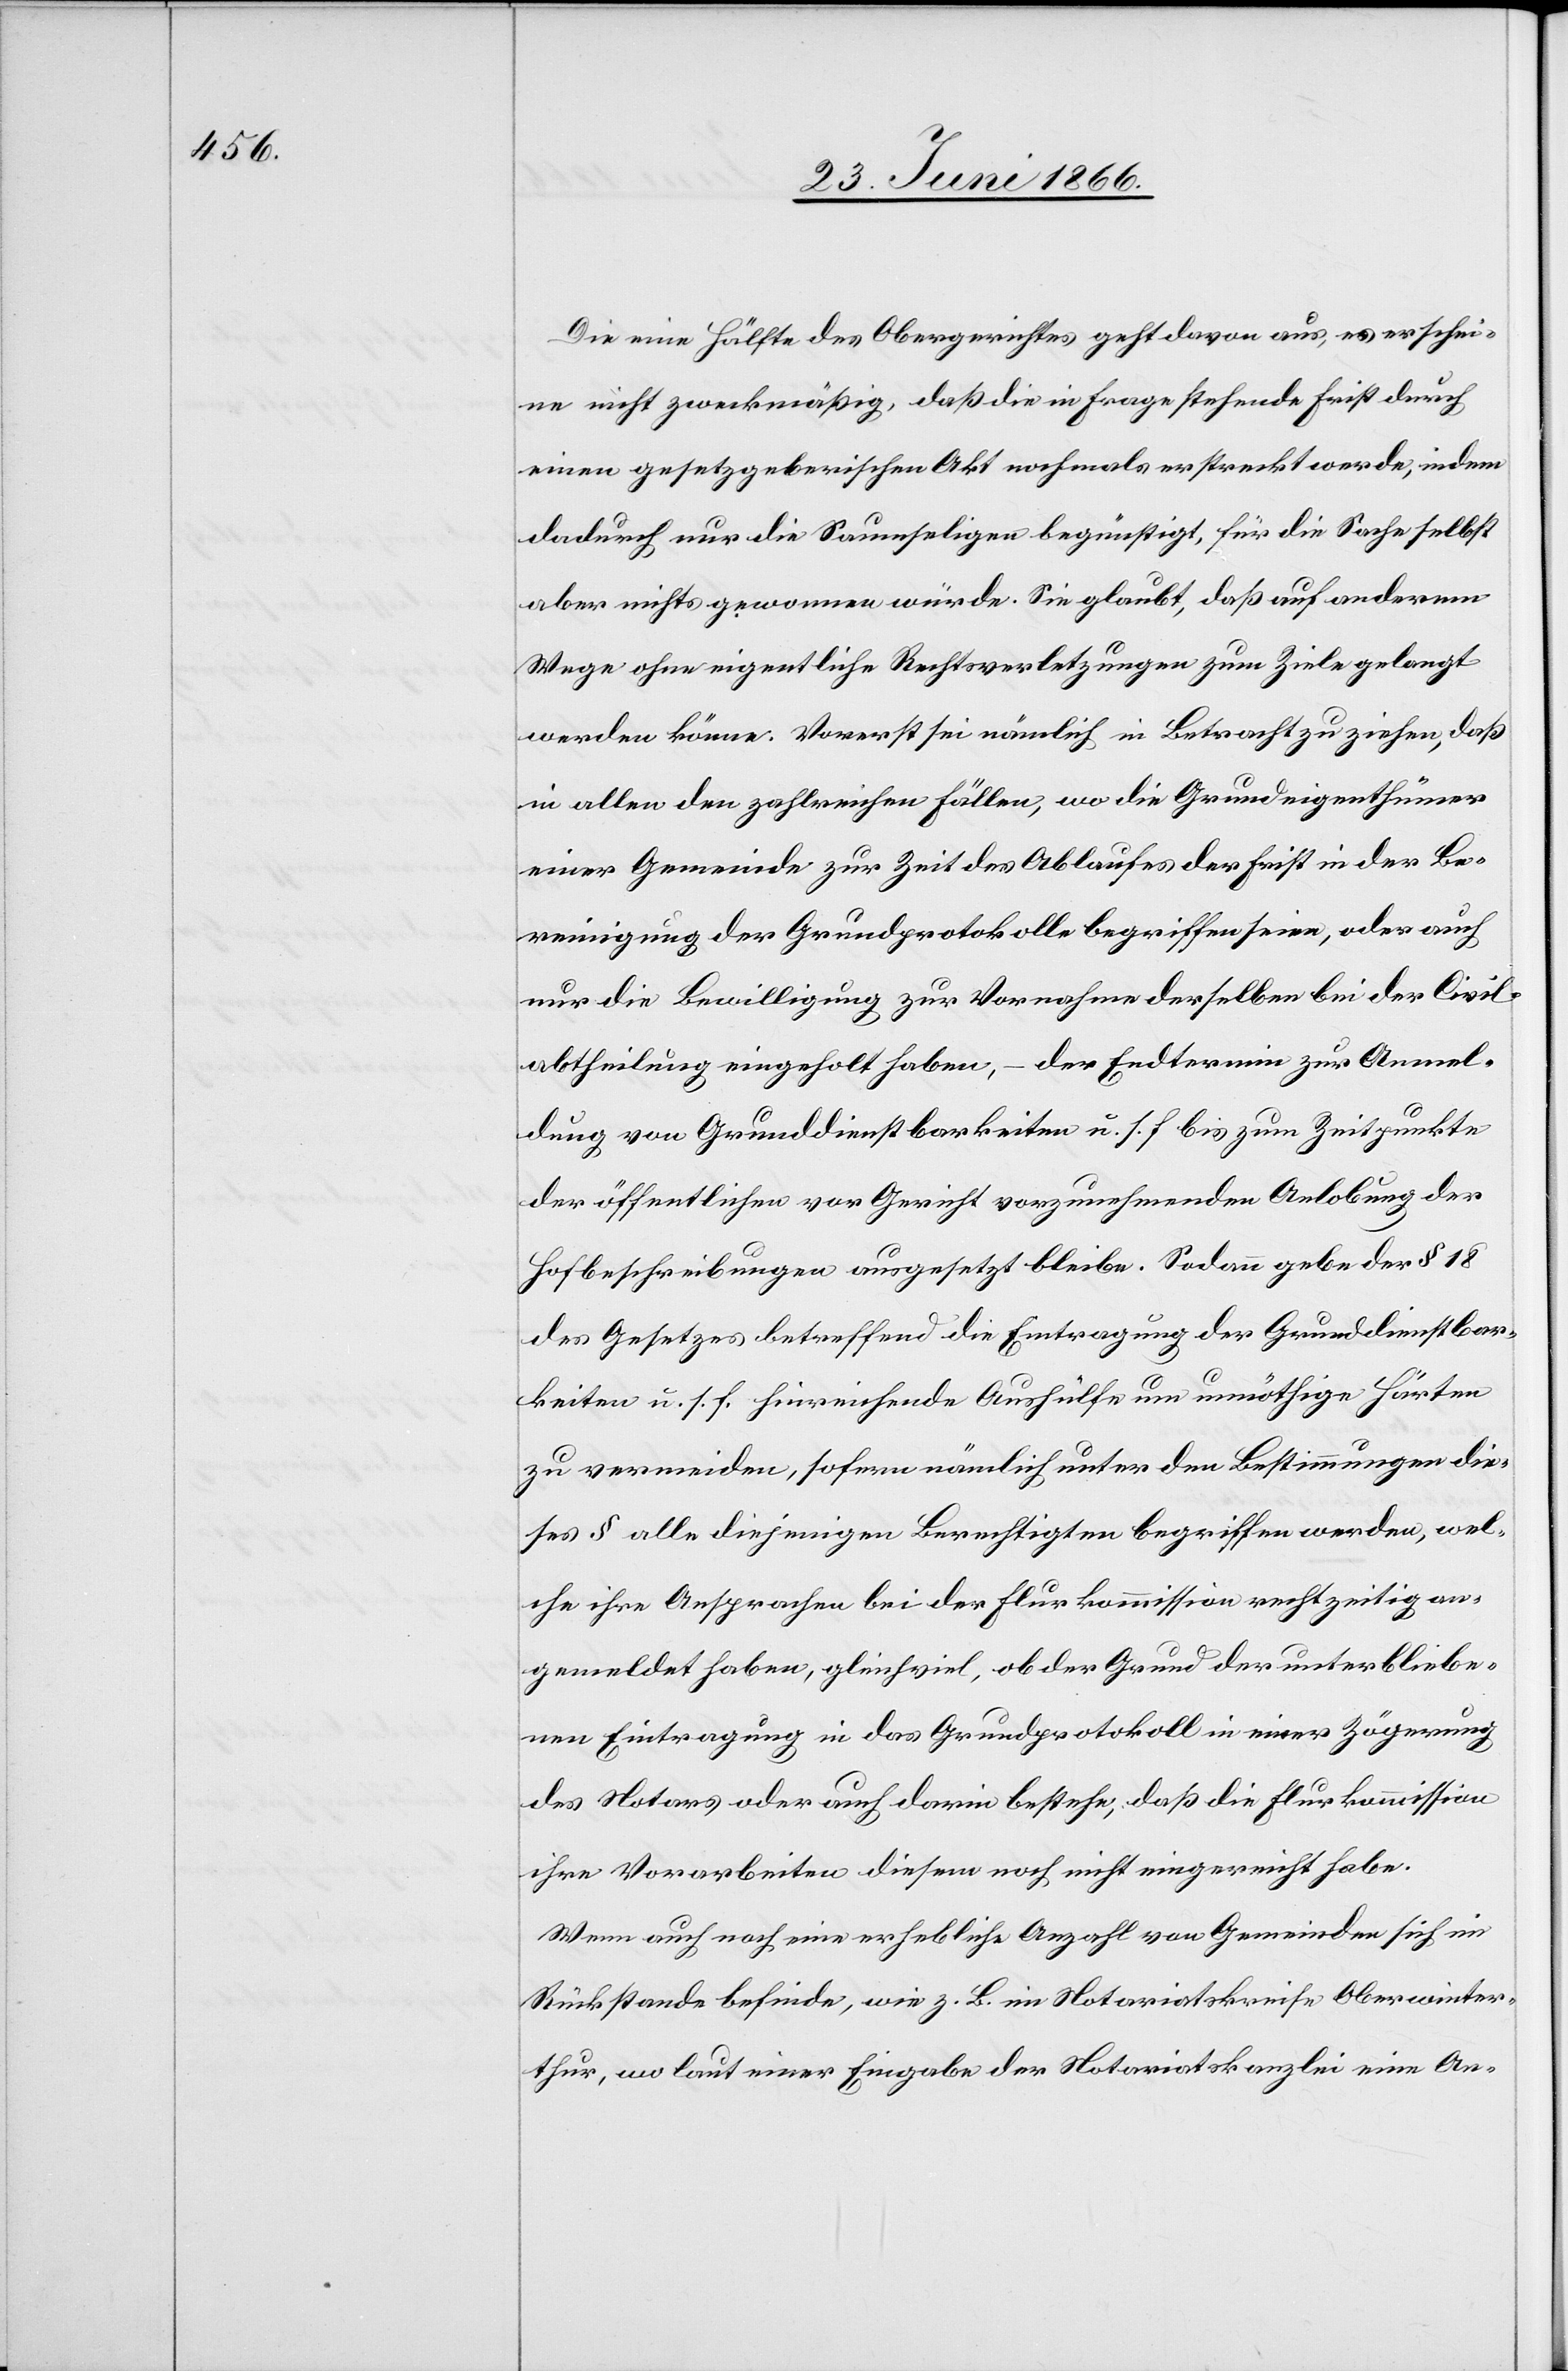
Die eine Hälfte des Obergerichtes geht davon aus, es erschei¬
ne nicht zweckmäßig, daß die in Frage stehende Frist durch
einen gesetzgeberischen Akt nochmals erstreckt werde, indem
dadurch nur die Saumseligen begünstigt, für die Sache selbst
aber nichts gewonnen würde. Sie glaubt, daß auf anderem
Wege ohne eigentliche Rechtsverletzungen zum Ziele gelangt
werden könne. Vorerst sei nämlich in Betracht zu ziehen, daß
in allen den zahlreichen Fällen, wo die Grundeigenthümer
einer Gemeinde zur Zeit des Ablaufes der Frist in der Be¬
reinigung der Grundprotokolle begriffen seien, oder auch
nur die Bewilligung zur Vornahme derselben bei der Civil¬
abtheilung eingeholt haben, – der Endtermin zur Anmel¬
dung von Grunddienstbarkeiten u. s. f. bis zum Zeitpunkte
der öffentlichen vor Gericht vorzunehmenden Anlobung der
Hofbeschreibungen ausgesetzt bleibe. Sodann gebe der § 18
des Gesetzes betreffend die Eintragung der Grunddienstbar¬
keiten u. s. f. hinreichende Aushülfe um unnöthige Härten
zu vermeiden, sofern nämlich unter den Bestimmungen die¬
ses § alle diejenigen Berechtigten begriffen werden, wel¬
che ihre Ansprachen bei der Flurkommission rechtzeitig an¬
gemeldet haben, gleichviel, ob der Grund der unterbliebe¬
nen Eintragung in das Grundprotokoll in einer Zögerung
des Notars oder auch darin bestehe, daß die Flurkommission
ihre Vorarbeiten diesem noch nicht eingereicht habe.
Wenn auch noch eine erhebliche Anzahl von Gemeinde sich im
Rückstande befinde, wie z. B. im Notariatskreise Oberwinter¬
thur, wo laut einer Eingabe der Notariatskanzlei eine An-